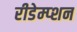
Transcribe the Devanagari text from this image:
रीडेम्प्शन